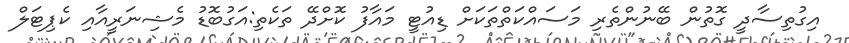
އިގުތިސާދީ ގޮތުން ބޭނުންތެރި މަސައްކަތްތަކަށް ޑިއުޓީ މައާފު ކޮށްދޭ ތަކެތި:އަގުބޮޑު މެޝިނަރީއާއި ކެޕިޓަލް